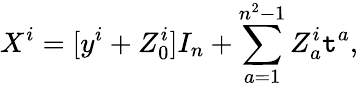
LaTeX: X^{i}=[y^{i}+Z_{0}^{i}]I_{n}+\sum_{a=1}^{n^{2}-1}Z_{a}^{i}\mathtt{t}^{a},